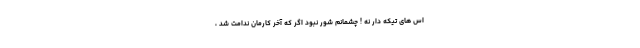
اس های تیکه دار نه ! چشمانم شور نبود اگر که آخر کارمان ندامت شد ،